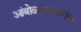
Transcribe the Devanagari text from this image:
आंबोळगडावरील